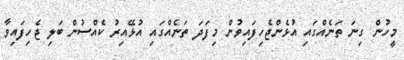
މީހުން ގިނަ ތަނެއްގައި އުޅެންޖެހިފައިވުން މިފަދަ ތަނެއްގައި އުޅޭއިރު ކެއްސުން ބަލި ޖެހިފައިވާ